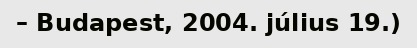
– Budapest, 2004. július 19.)